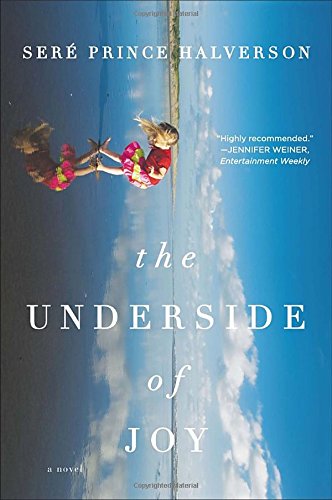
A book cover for The Underside of Joy: A Novel; Sere Prince Halverson; Literature & Fiction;